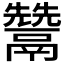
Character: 𩱕